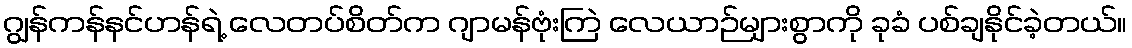
ဂျွန်ကန်နင်ဟန်ရဲ့ လေတပ်စိတ်က ဂျာမန်ဗုံးကြဲ လေယာဉ်များစွာကို ခုခံ ပစ်ချနိုင်ခဲ့တယ်။